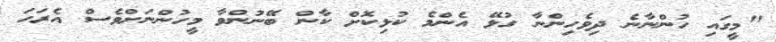
"މީގައި ހުންނާނެ ދިވެހިންނާ ގުޅޭ އެންމެ ކުޅިކޮށް ކާން ބޭނުންވާ މީހުންނަށްވެސް އެރަހަ